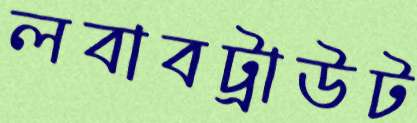
লবাবট্রাউট